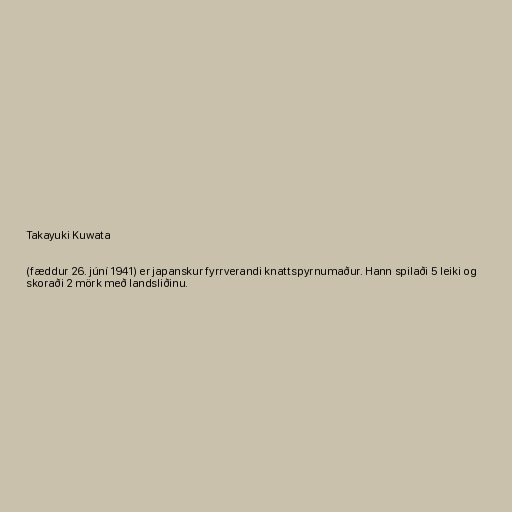
Takayuki Kuwata

(fæddur 26. júní 1941) er japanskur fyrrverandi knattspyrnumaður. Hann spilaði 5 leiki og
skoraði 2 mörk með landsliðinu.